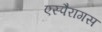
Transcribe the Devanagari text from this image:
एस्पैरागस